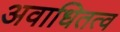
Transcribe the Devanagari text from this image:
अवाधितत्व